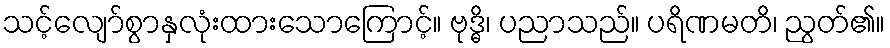
သင့်လျော်စွာနှလုံးထားသောကြောင့်။ ဗုဒ္ဓိ၊ ပညာသည်။ ပရိဏမတိ၊ ညွတ်၏။